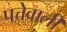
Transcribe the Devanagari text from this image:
पत्तेवाली